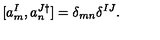
[ a _ { m } ^ { I } , a _ { n } ^ { J \dagger } ] = \delta _ { m n } \delta ^ { I J } .